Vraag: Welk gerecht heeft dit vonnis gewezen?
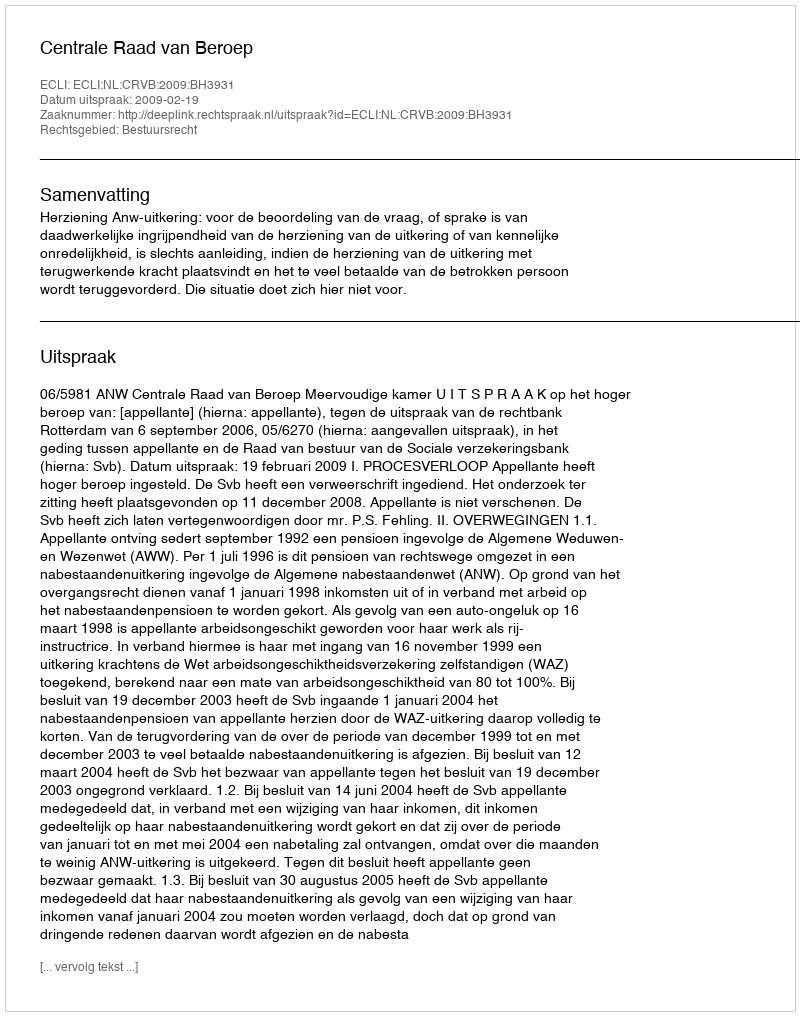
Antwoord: Centrale Raad van Beroep